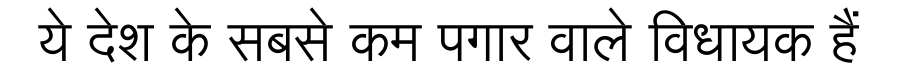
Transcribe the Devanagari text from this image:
ये देश के सबसे कम पगार वाले विधायक हैं